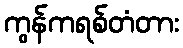
ကွန်ကရစ်တံတား